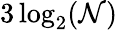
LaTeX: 3\log_{2}(\mathcal{N})